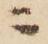
ニ